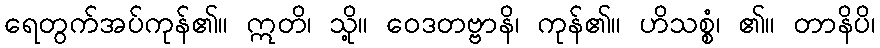
ရေတွက်အပ်ကုန်၏။ ဣတိ၊ သို့။ ဝေဒတဗ္ဗာနိ၊ ကုန်၏။ ဟိသစ္စံ၊ ၏။ တာနိပိ၊